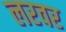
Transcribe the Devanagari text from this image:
लरवर